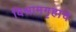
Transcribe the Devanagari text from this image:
विश्रामगृहाचे